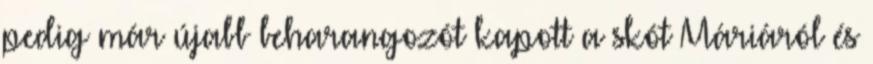
pedig már újabb beharangozót kapott a skót Máriáról és